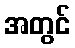
အတွင်